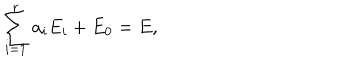
\sum _ { i = 1 } ^ { r } a _ { i } E _ { i } + E _ { 0 } = E ,